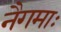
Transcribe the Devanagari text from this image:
नैगमाः